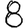
Digit: 8